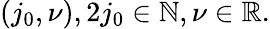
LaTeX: (j_{0},\nu),2j_{0}\in\mathbb{N},\nu\in\mathbb{R}.